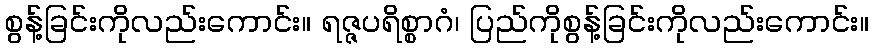
စွန့်ခြင်းကိုလည်းကောင်း။ ရဇ္ဇပရိစ္စာဂံ၊ ပြည်ကိုစွန့်ခြင်းကိုလည်းကောင်း။